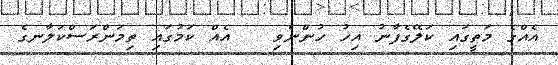
އެއްގެ މަތީގައި ކަލޭގެފާނު އިހު ހުންނެވި   އެއް ކަމުގައި ތިމަންރަސްކަލާނގެ